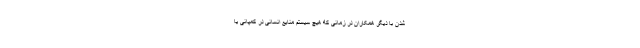
شدن با دیگر همکاران در زمانی که هیچ سیستم منایع انسانی در کمپانی یا